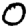
Digit: 0